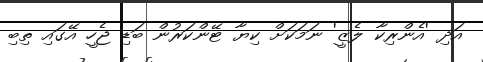
އަދި 'އެންރިކާ ލެޒީ' ނަމަކަށް ކިޔާ ޓޭންކަރުން ބަޑި ޖެހީ އޭގައި ތިބި